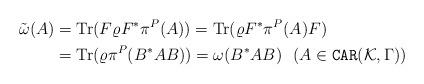
LaTeX: \begin{align*}\tilde{\omega}(A) & = {\rm Tr}(F \varrho F^*\pi^P(A)) = {\rm Tr}(\varrho F^* \pi^P(A)F) \\& = {\rm Tr}(\varrho \pi^P(B^* A B))= \omega(B^* A B)\ \ (A \in {\tt CAR}(\mathcal{K},\Gamma))\end{align*}